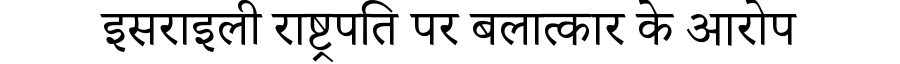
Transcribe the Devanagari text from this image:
इसराइली राष्ट्रपति पर बलात्कार के आरोप